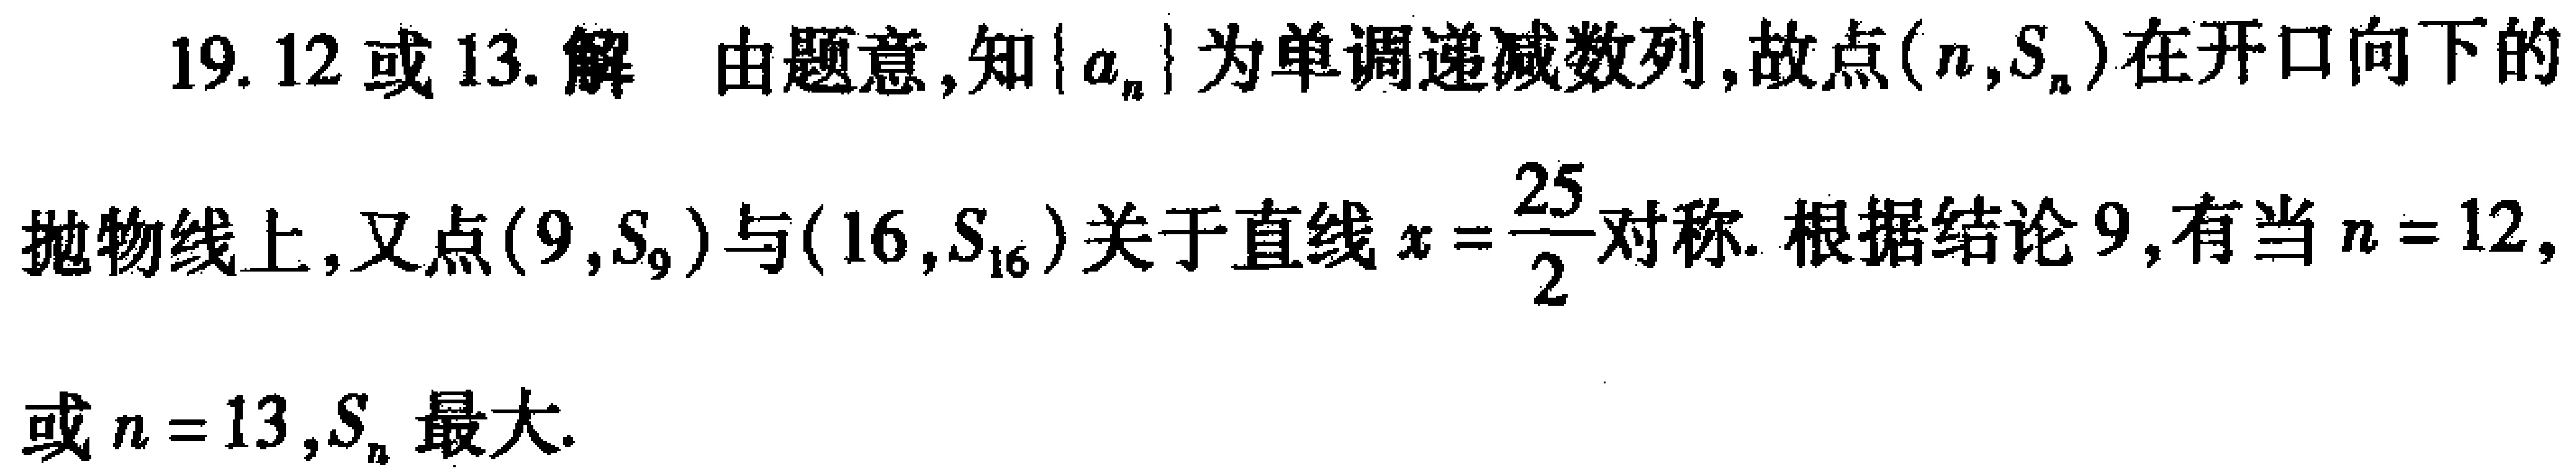
19. 12或13. 解 由题意, 知\(\{ a_{n}\}\)为单调递减数列, 故点\((n,S_{n})\)在开口向下的抛物线上, 又点\((9,S_{9})\)与\((16,S_{16})\)关于直线\(x = \frac{25}{2}\)对称. 根据结论9, 有当\(n = 12\),或\(n = 13\), \(S_{n}\)最大.